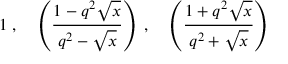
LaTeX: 1 \; , \; \; \; \; \left( \frac { 1 - q ^ { 2 } \sqrt x } { q ^ { 2 } - \sqrt x } \right) \; , \; \; \; \; \left( \frac { 1 + q ^ { 2 } \sqrt x } { q ^ { 2 } + \sqrt x } \right)